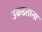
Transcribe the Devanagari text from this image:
उकडताना